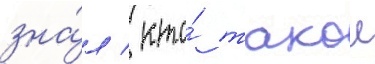
зна́л / кто́ такои